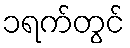
၁ရက်တွင်